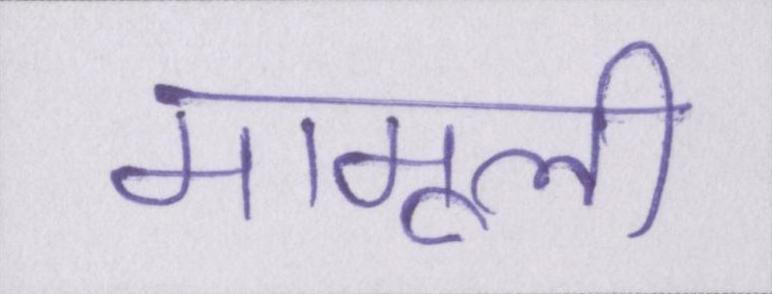
मामूली